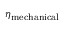
\eta _ { \mathrm { m e c h a n i c a l } }